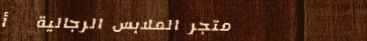
متجر الملابس الرجالية   أ